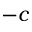
- c